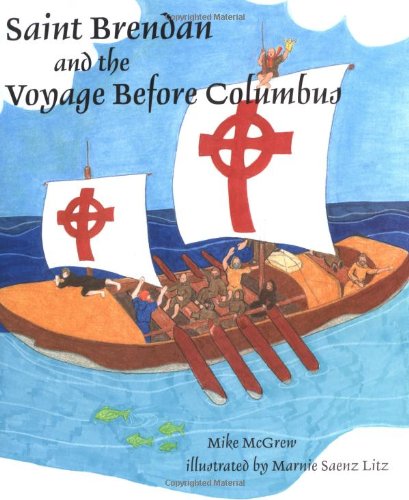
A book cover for Saint Brendan And The Voyage Before Columbus; Michael McGrew; Teen & Young Adult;